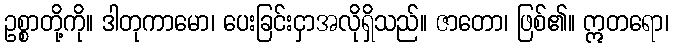
ဥစ္စာတို့ကို။ ဒါတုကာမော၊ ပေးခြင်းငှာအလိုရှိသည်။ ဇာတော၊ ဖြစ်၏။ ဣတရော၊